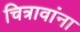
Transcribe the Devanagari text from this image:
चित्रावांना